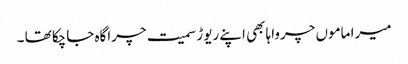
میرا ماموں چرواہا بھی اپنے ریوڑ سمیت چراگاہ جاچکا تھا ۔